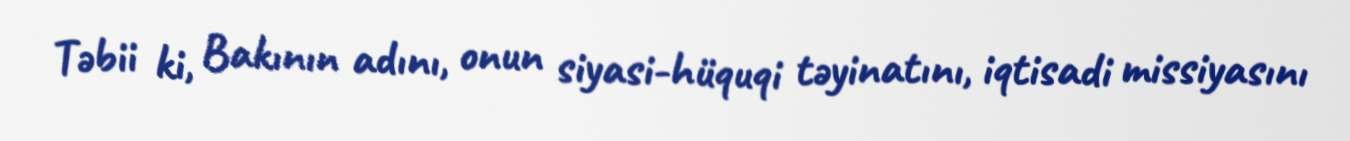
Təbii ki, Bakının adını, onun siyasi-hüquqi təyinatını, iqtisadi missiyasını